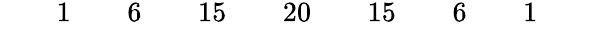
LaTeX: \begin{array}{ccccccccccccccccc}{{}}&{{}}&{{1}}&{{}}&{{6}}&{{}}&{{15}}&{{}}&{{20}}&{{}}&{{15}}&{{}}&{{6}}&{{}}&{{1}}&{{}}&{{}}\end{array}